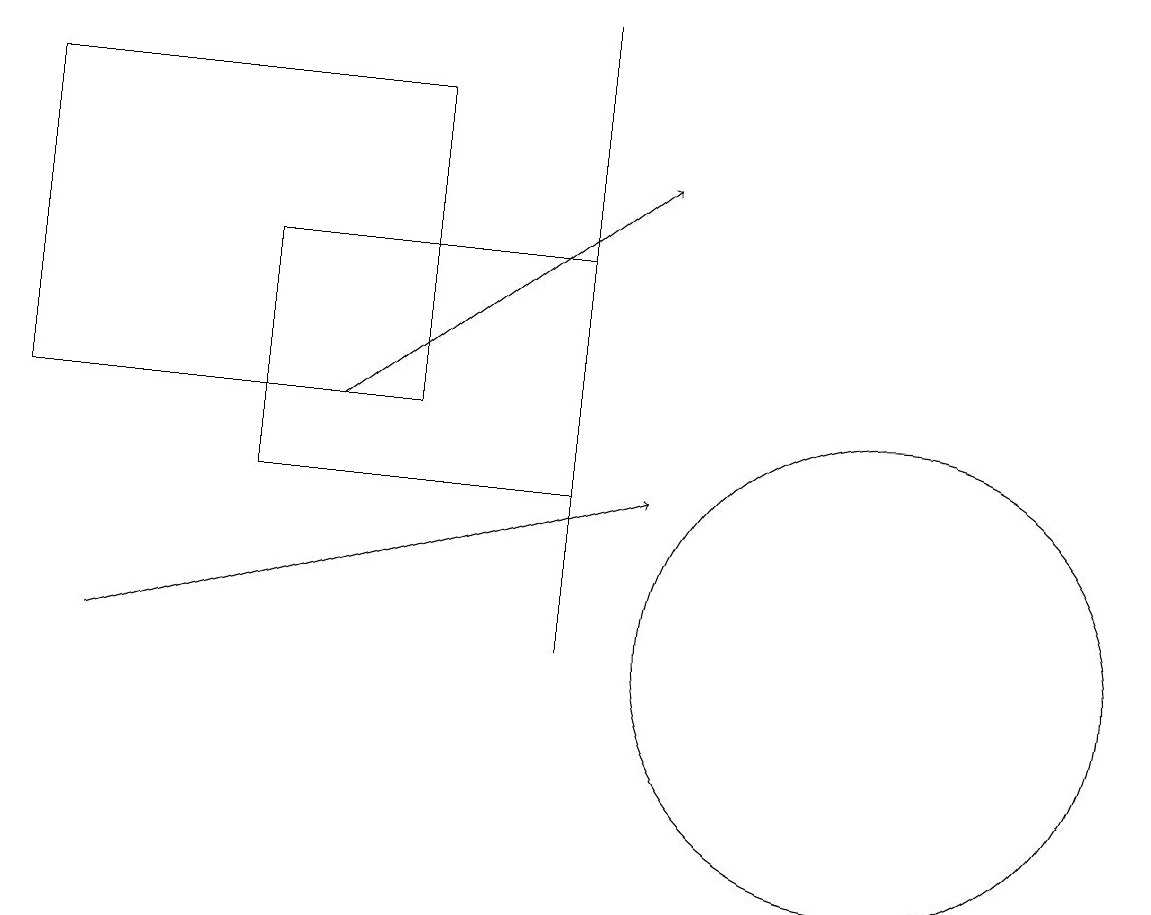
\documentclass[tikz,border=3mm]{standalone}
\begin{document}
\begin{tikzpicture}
\draw (7,12) rectangle (3,15);
\draw (11,10) circle (3);
\draw[->] (4,13) -- (8,16);
\draw (0,17) rectangle (5,13);
\draw[->] (1,10) -- (8,12);
\draw (7,18) rectangle (7,10);
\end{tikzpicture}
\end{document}